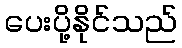
ပေးပို့နိုင်သည်